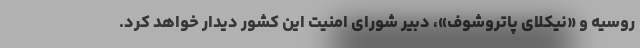
روسیه و «نیکلای پاتروشوف»، دبیر شورای امنیت این کشور دیدار خواهد کرد.